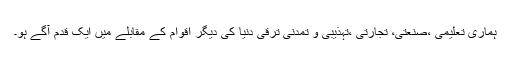
ہماری تعلیمی ،صنعتی، تجارتی ،تہذیبی و تمدنی ترقی دنیا کی دیگر اقوام کے مقابلے میں ایک قدم آگے ہو۔